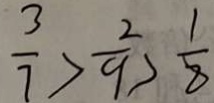
\frac { 3 } { 7 } > \frac { 2 } { 9 } > \frac { 1 } { 8 }